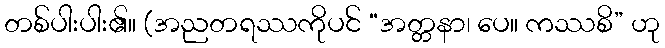
တစ်ပါးပါး၏။ (အညတရဿကိုပင် “အတ္တနာ၊ ပေ။ ကဿစိ” ဟု